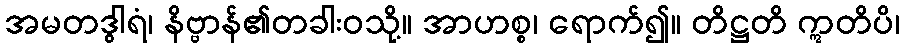
အမတဒွါရံ၊ နိဗ္ဗာန်၏တခါးဝသို့။ အာဟစ္စ၊ ရောက်၍။ တိဋ္ဌတိ ဣတိပိ၊